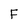
Character: F